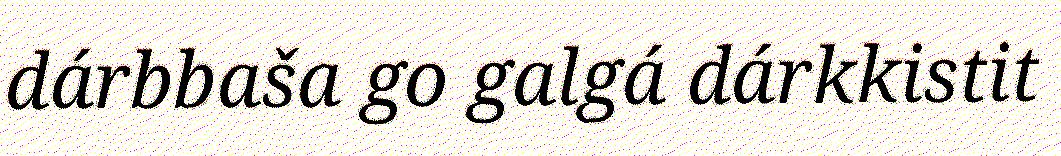
dárbbaša go galgá dárkkistit